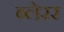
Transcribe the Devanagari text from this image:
ब्लेरर